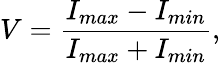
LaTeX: V=\frac{I_{max}-I_{min}}{I_{max}+I_{min}},